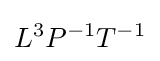
L^{3}P^{-1}T^{-1}